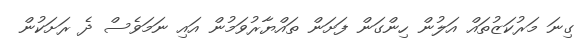
ގިނަ މަރުކަޒުތައް އަލުން ހިންގަން ފަށަން ތައްޔާރުވަމުން އައި ނަމަވެސް ދެ ރަށަކުން